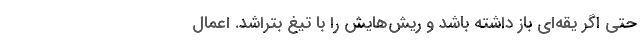
حتی اگر یقه‌ای باز داشته باشد و ریش‌هایش را با تیغ بتراشد. اعمال